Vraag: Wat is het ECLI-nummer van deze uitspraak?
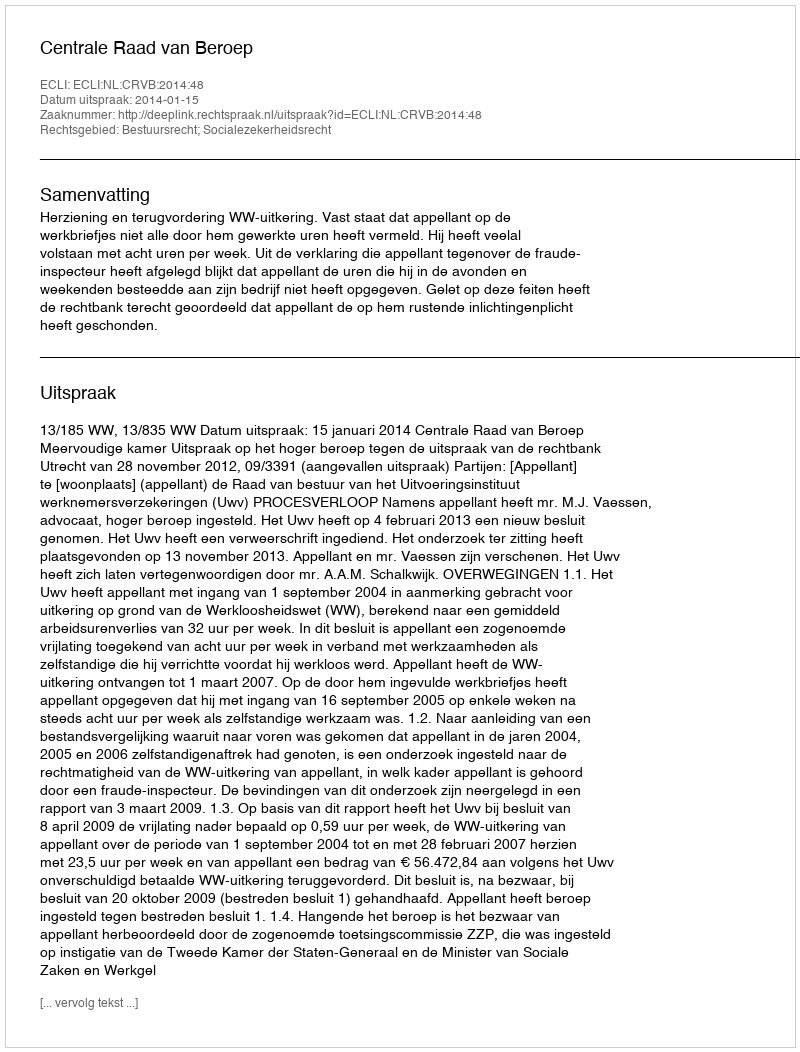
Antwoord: ECLI:NL:CRVB:2014:48